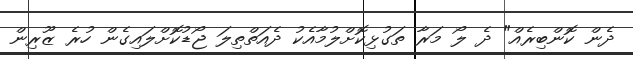
ދެން ކޮންބިރެއް" ދެ ލޯ މަރާ ތަގުޅިކޮށްލުމާއެކު ދެއަތްތިލަ ޖޯޑުކޮށްލައިގެން ހުރެ ޒޫރިން